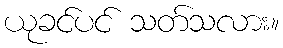
ယုခင်ပင် သတ်သလား။